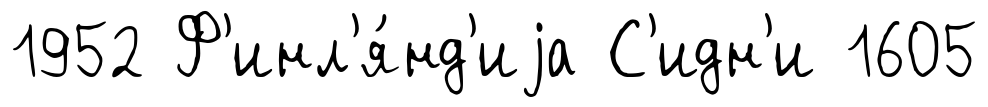
1952 Ф'инл'я́нд'иjа С'идн'и 1605